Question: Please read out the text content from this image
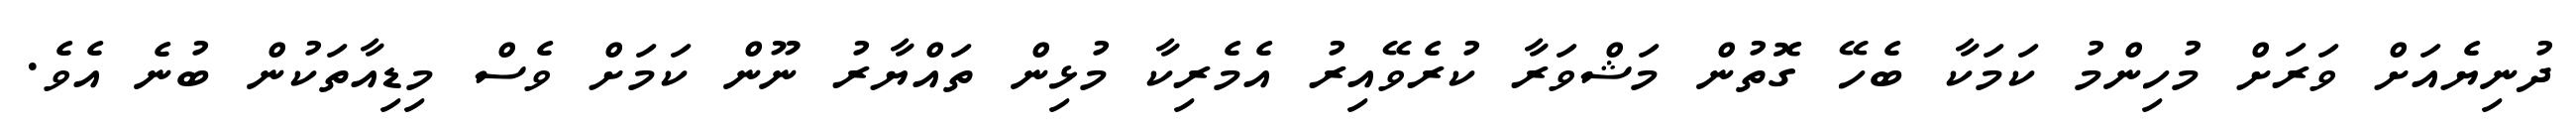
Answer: ދުނިޔެއަށް ވަރަށް މުހިންމު ކަމަކާ ބެހޭ ގޮތުން މަޝްވަރާ ކުރެވޭއިރު އެމެރިކާ މުޅިން ތައްޔާރު ނޫން ކަމަށް ވެސް މިޑިއާތަކުން ބުނެ އެވެ.